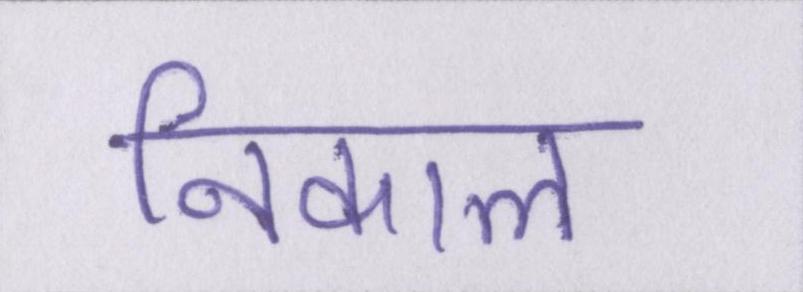
निकाल